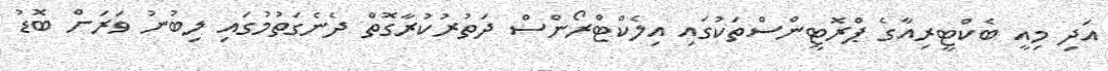
އަދި މިއީ ބެކްޓީރިއާގެ ޕްރޮޓީންސްތަކުގައި އިލެކްޓްރޯންސް ދަތުރުކުރާގޮތް ދެނެގަތުމުގައި ލިބުނު ވަރަށް ބޮޑު